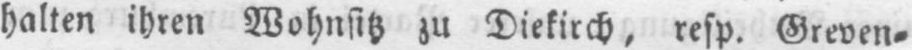
halten ihren Wohnsitz zu Diekirch, resp. Greven⸗